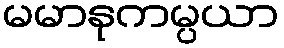
မမာနုကမ္ပယာ